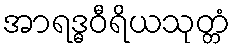
အာရဒ္ဓဝီရိယသုတ္တံ